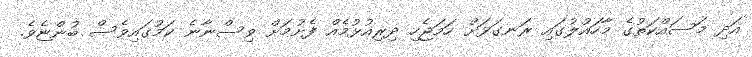
އަދި މަސައްކަތުގެ މާހައުލުގައި ރަނގަޅަށް ހަމަޖެހި ދިރިއުޅުމެއް ފެށުމަށް ވިސްނާނެ ކަމުގައިވެސް ބުންޏެވެ.